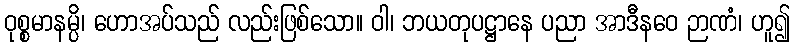
ဝုစ္စမာနမ္ပိ၊ ဟောအပ်သည် လည်းဖြစ်သော။ ဝါ၊ ဘယတုပဋ္ဌာနေ ပညာ အာဒီနဝေ ဉာဏံ၊ ဟူ၍